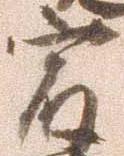
宿